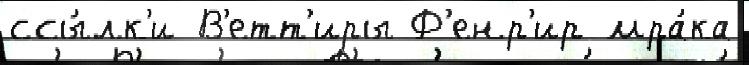
ссы́лк'и В'етт'иры Ф'енр'ир мра́ка